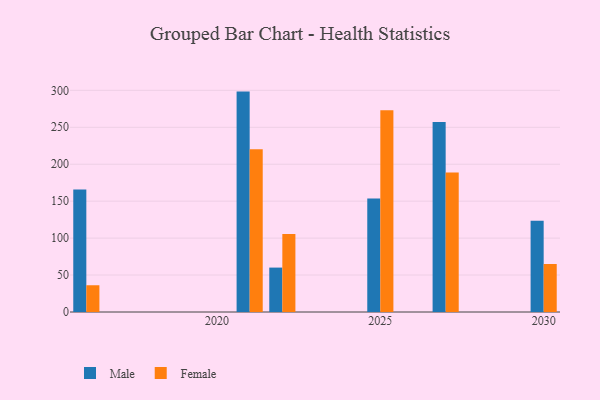
{"axis": {"x": "Year", "y": "Tickets Resolved"}, "legend": ["Female", "Male"], "data": [{"x": "2016", "y": 165.9, "type": "Male"}, {"x": "2016", "y": 36.2, "type": "Female"}, {"x": "2030", "y": 123.4, "type": "Male"}, {"x": "2030", "y": 65.0, "type": "Female"}, {"x": "2022", "y": 60.1, "type": "Male"}, {"x": "2022", "y": 105.5, "type": "Female"}, {"x": "2025", "y": 153.5, "type": "Male"}, {"x": "2025", "y": 272.9, "type": "Female"}, {"x": "2027", "y": 257.0, "type": "Male"}, {"x": "2027", "y": 188.9, "type": "Female"}, {"x": "2021", "y": 298.3, "type": "Male"}, {"x": "2021", "y": 220.3, "type": "Female"}]}